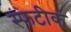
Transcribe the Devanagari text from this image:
स्फटीक